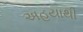
અહયાથી